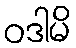
ဝဒါမိ